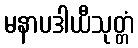
မနာပဒါယီသုတ္တံ